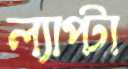
ল্যাপ্টা